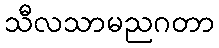
သီလသာမညဂတာ